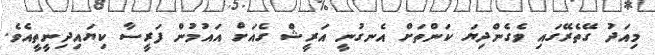
މިއަދު ގޭތެރޭގައި ވެގެންދިޔަ ކަންތަށް އެނގުނީ އަރީޝް ގެއަށް އައުމުން ފަރީސާ ކިޔައިދިނީތީއެވެ.